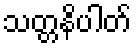
သတ္တနိပါတ်